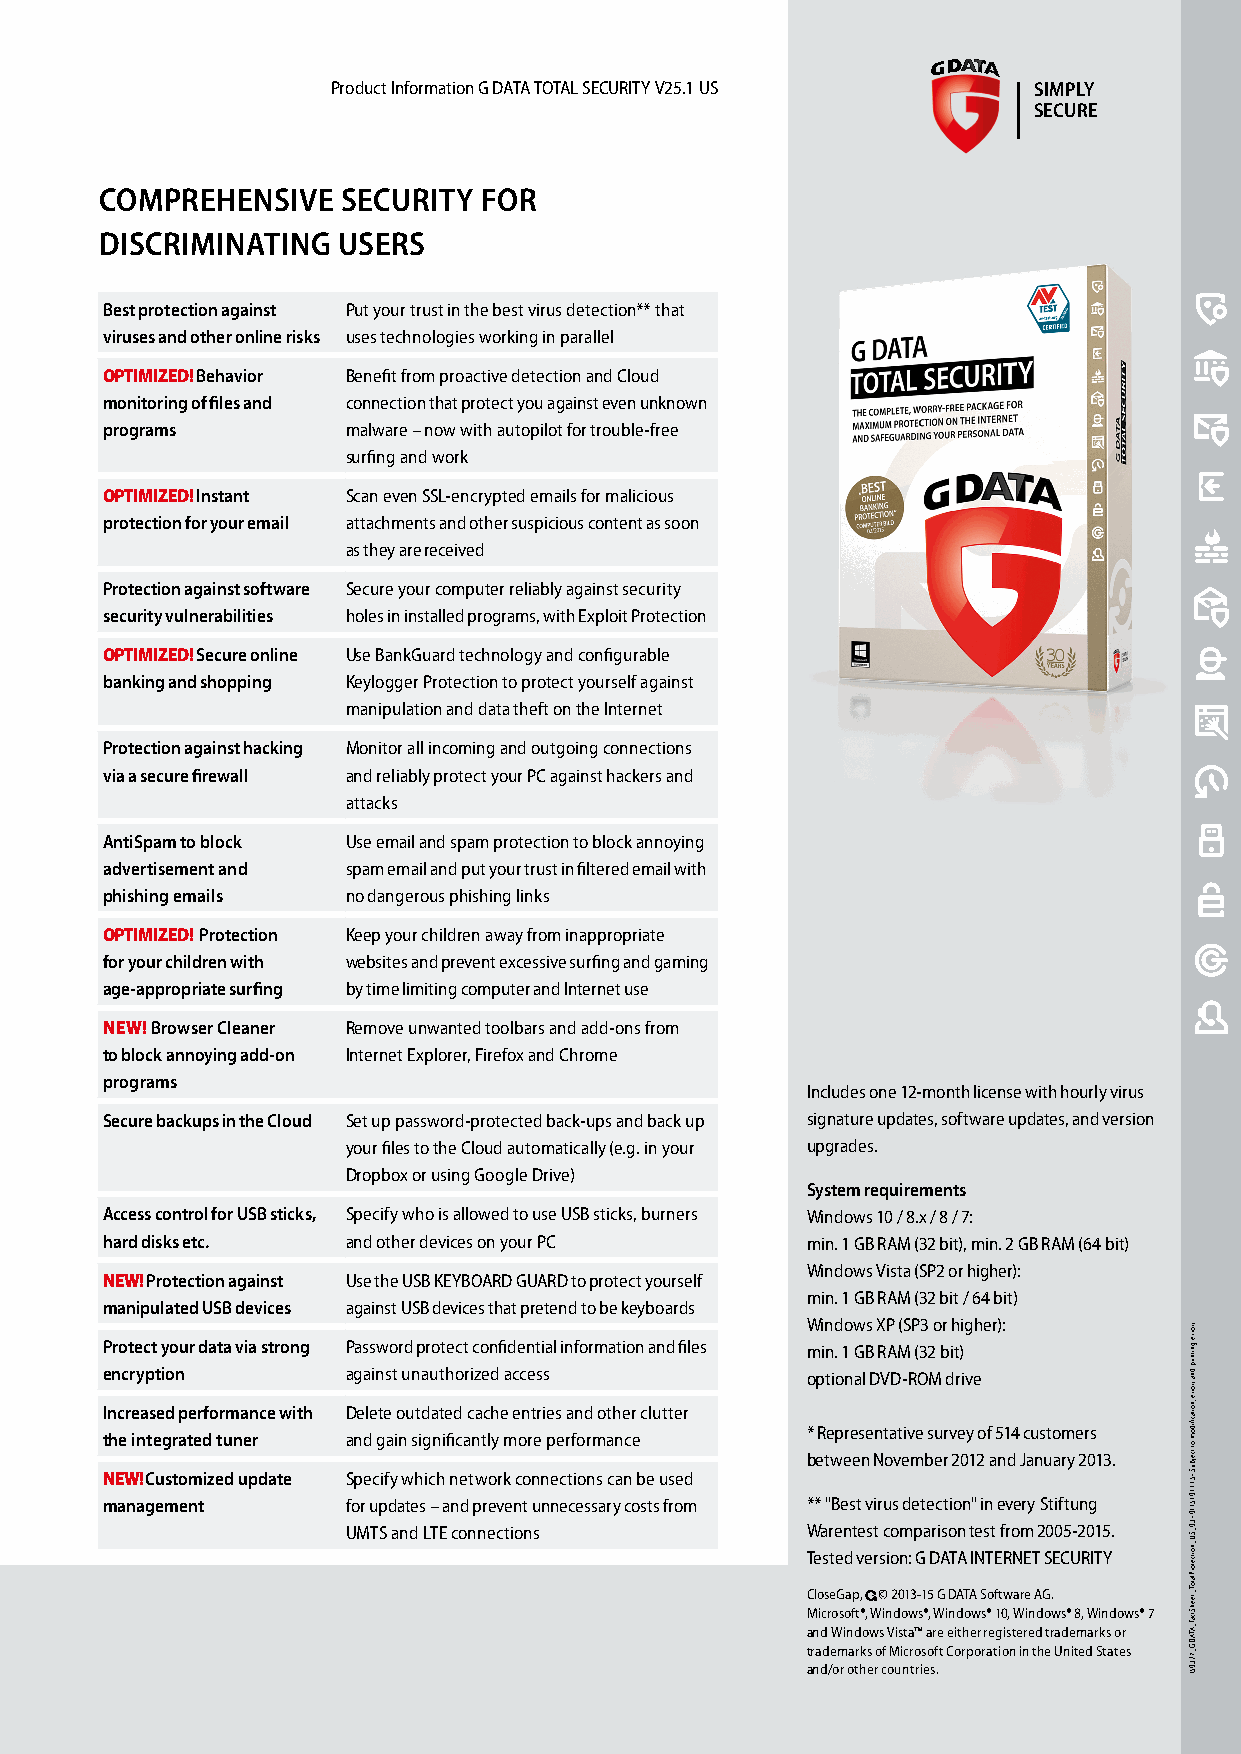
Product Information G DATA TOTAL SECURITY V25.1 US SIMPLY
 SECURE
 COMPREHENSIVE   SECURITY FOR
 DISCRIMINATING USERS
 Best protection against Put your trust in the best virus detection** that
 viruses and other online risks uses technologies working in parallel
 OPTIMIZED! Behavior Benefit from proactive detection and Cloud
 monitoring of files and connection that protect you against even unknown
 programs        malware – now with autopilot for trouble-free
 surfing and work
 OPTIMIZED! Instant Scan even SSL-encrypted emails for malicious
 protection for your email attachments and other suspicious content as soon
 as they are received
 Protection against software Secure your computer reliably against security
 security vulnerabilities holes in installed programs, with Exploit Protection
 OPTIMIZED! Secure online Use BankGuard technology and configurable
 banking and shopping Keylogger Protection to protect yourself against
 manipulation and data theft on the Internet
 Protection against hacking Monitor all incoming and outgoing connections
 via a secure firewall and reliably protect your PC against hackers and
 attacks
 AntiSpam to block Use email and spam protection to block annoying
 advertisement and spam email and put your trust in filtered email with
 phishing emails no dangerous phishing links
 OPTIMIZED! Protection Keep your children away from inappropriate
 for your children with websites and prevent excessive surfing and gaming
 age-appropriate surfing by time limiting computer and Internet use
 NEW! Browser Cleaner Remove unwanted toolbars and add-ons from
 to block annoying add-on Internet Explorer, Firefox and Chrome
 programs
 Includes one 12-month license with hourly virus
 Secure backups in the Cloud Set up password-protected back-ups and back up signature updates, software updates, and version
 your files to the Cloud automatically (e.g. in your upgrades.
 Dropbox or using Google Drive)
 System requirements
 Access control for USB sticks, Specify who is allowed to use USB sticks, burners Windows 10 / 8.x / 8 / 7:
 hard disks etc. and other devices on your PC  min. 1 GB RAM (32 bit), min. 2 GB RAM (64 bit)
 Windows Vista (SP2 or higher):
 NEW! Protection against Use the USB KEYBOARD GUARD to protect yourself
 min. 1 GB RAM (32 bit / 64 bit)
 manipulated USB devices against USB devices that pretend to be keyboards
 Windows XP (SP3 or higher):
 Protect your data via strong Password protect confidential information and files min. 1 GB RAM (32 bit)
 encryption      against unauthorized access   optional DVD-ROM drive
 Increased performance with Delete outdated cache entries and other clutter
 * Representative survey of 514 customers
 the integrated tuner and gain significantly more performance
 between November 2012 and January 2013.
 NEW! Customized update Specify which network connections can be used
 management      for updates – and prevent unnecessary costs from ** "Best virus detection" in every Stiftung
 UMTS and LTE connections      Warentest comparison test from 2005-2015.
 Tested version: G DATA INTERNET SECURITY
 CloseGap, © 2013-15 G DATA Software AG.
 Microsoft®, Windows®, Windows® 10, Windows® 8, Windows® 7
 and Windows Vista™ are either registered trademarks or
 trademarks of Microsoft Corporation in the United States
 and/or other countries.
 ..srorre
 gnitnirp
 dna
 srorre
 ,noitacfiidom
 ot
 tcejbuS
 • 5111015110
 • 30_SU_noitcetorPlatoT_teehStcaF_ATADG_723051